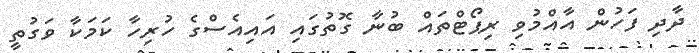
ދާދި ފަހުން އާއްމުވި ރިޕޯޓްތައް ބުނާ ގޮތުގައި އައިއެސްގެ ހުރިހާ ކަމަކާ ވަގުތީ